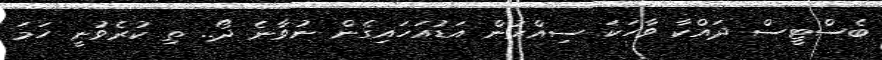
ބެސްޓީސް ދައްކާ ވާހަކަ ސިއްރުން އަޑުއަހައިގެން ނުވާނެ ދޯ.. ތި ކުރެވުނީ ހަމަ